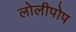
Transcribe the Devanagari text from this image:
लोलीपोप